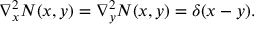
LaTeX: \nabla _ { x } ^ { 2 } N ( x , y ) = \nabla _ { y } ^ { 2 } N ( x , y ) = \delta ( x - y ) .